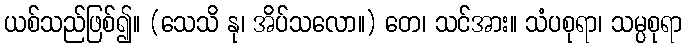
ယစ်သည်ဖြစ်၍။ (သေသိ နု၊ အိပ်သလော။) တေ၊ သင်အား။ သံပစုရာ၊ သမ္ပစုရာ